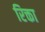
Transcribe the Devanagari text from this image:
रिक्ता